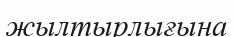
жылтырлығына